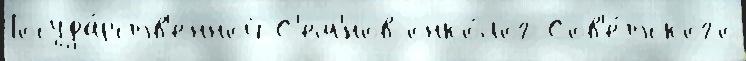
Госуда́рств'енной С'ем'́нов онко́лог Сов'е́тского